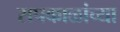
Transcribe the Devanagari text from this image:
सपकाळांच्या